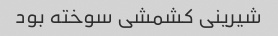
شیرینی کشمشی سوخته بود